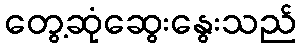
တွေ့ဆုံဆွေးနွေးသည်